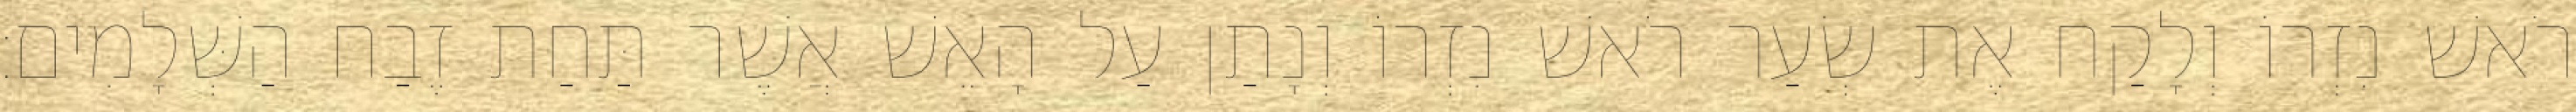
רֹאשׁ נִזְרוֹ וְלָקַח אֶת שְׂעַר רֹאשׁ נִזְרוֹ וְנָתַן עַל הָאֵשׁ אֲשֶׁר תַּחַת זֶבַח הַשְּׁלָמִים׃